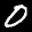
Label: 0